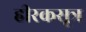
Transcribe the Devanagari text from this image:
हीरकसूत्र